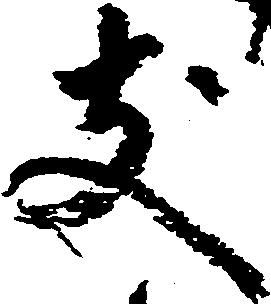
支